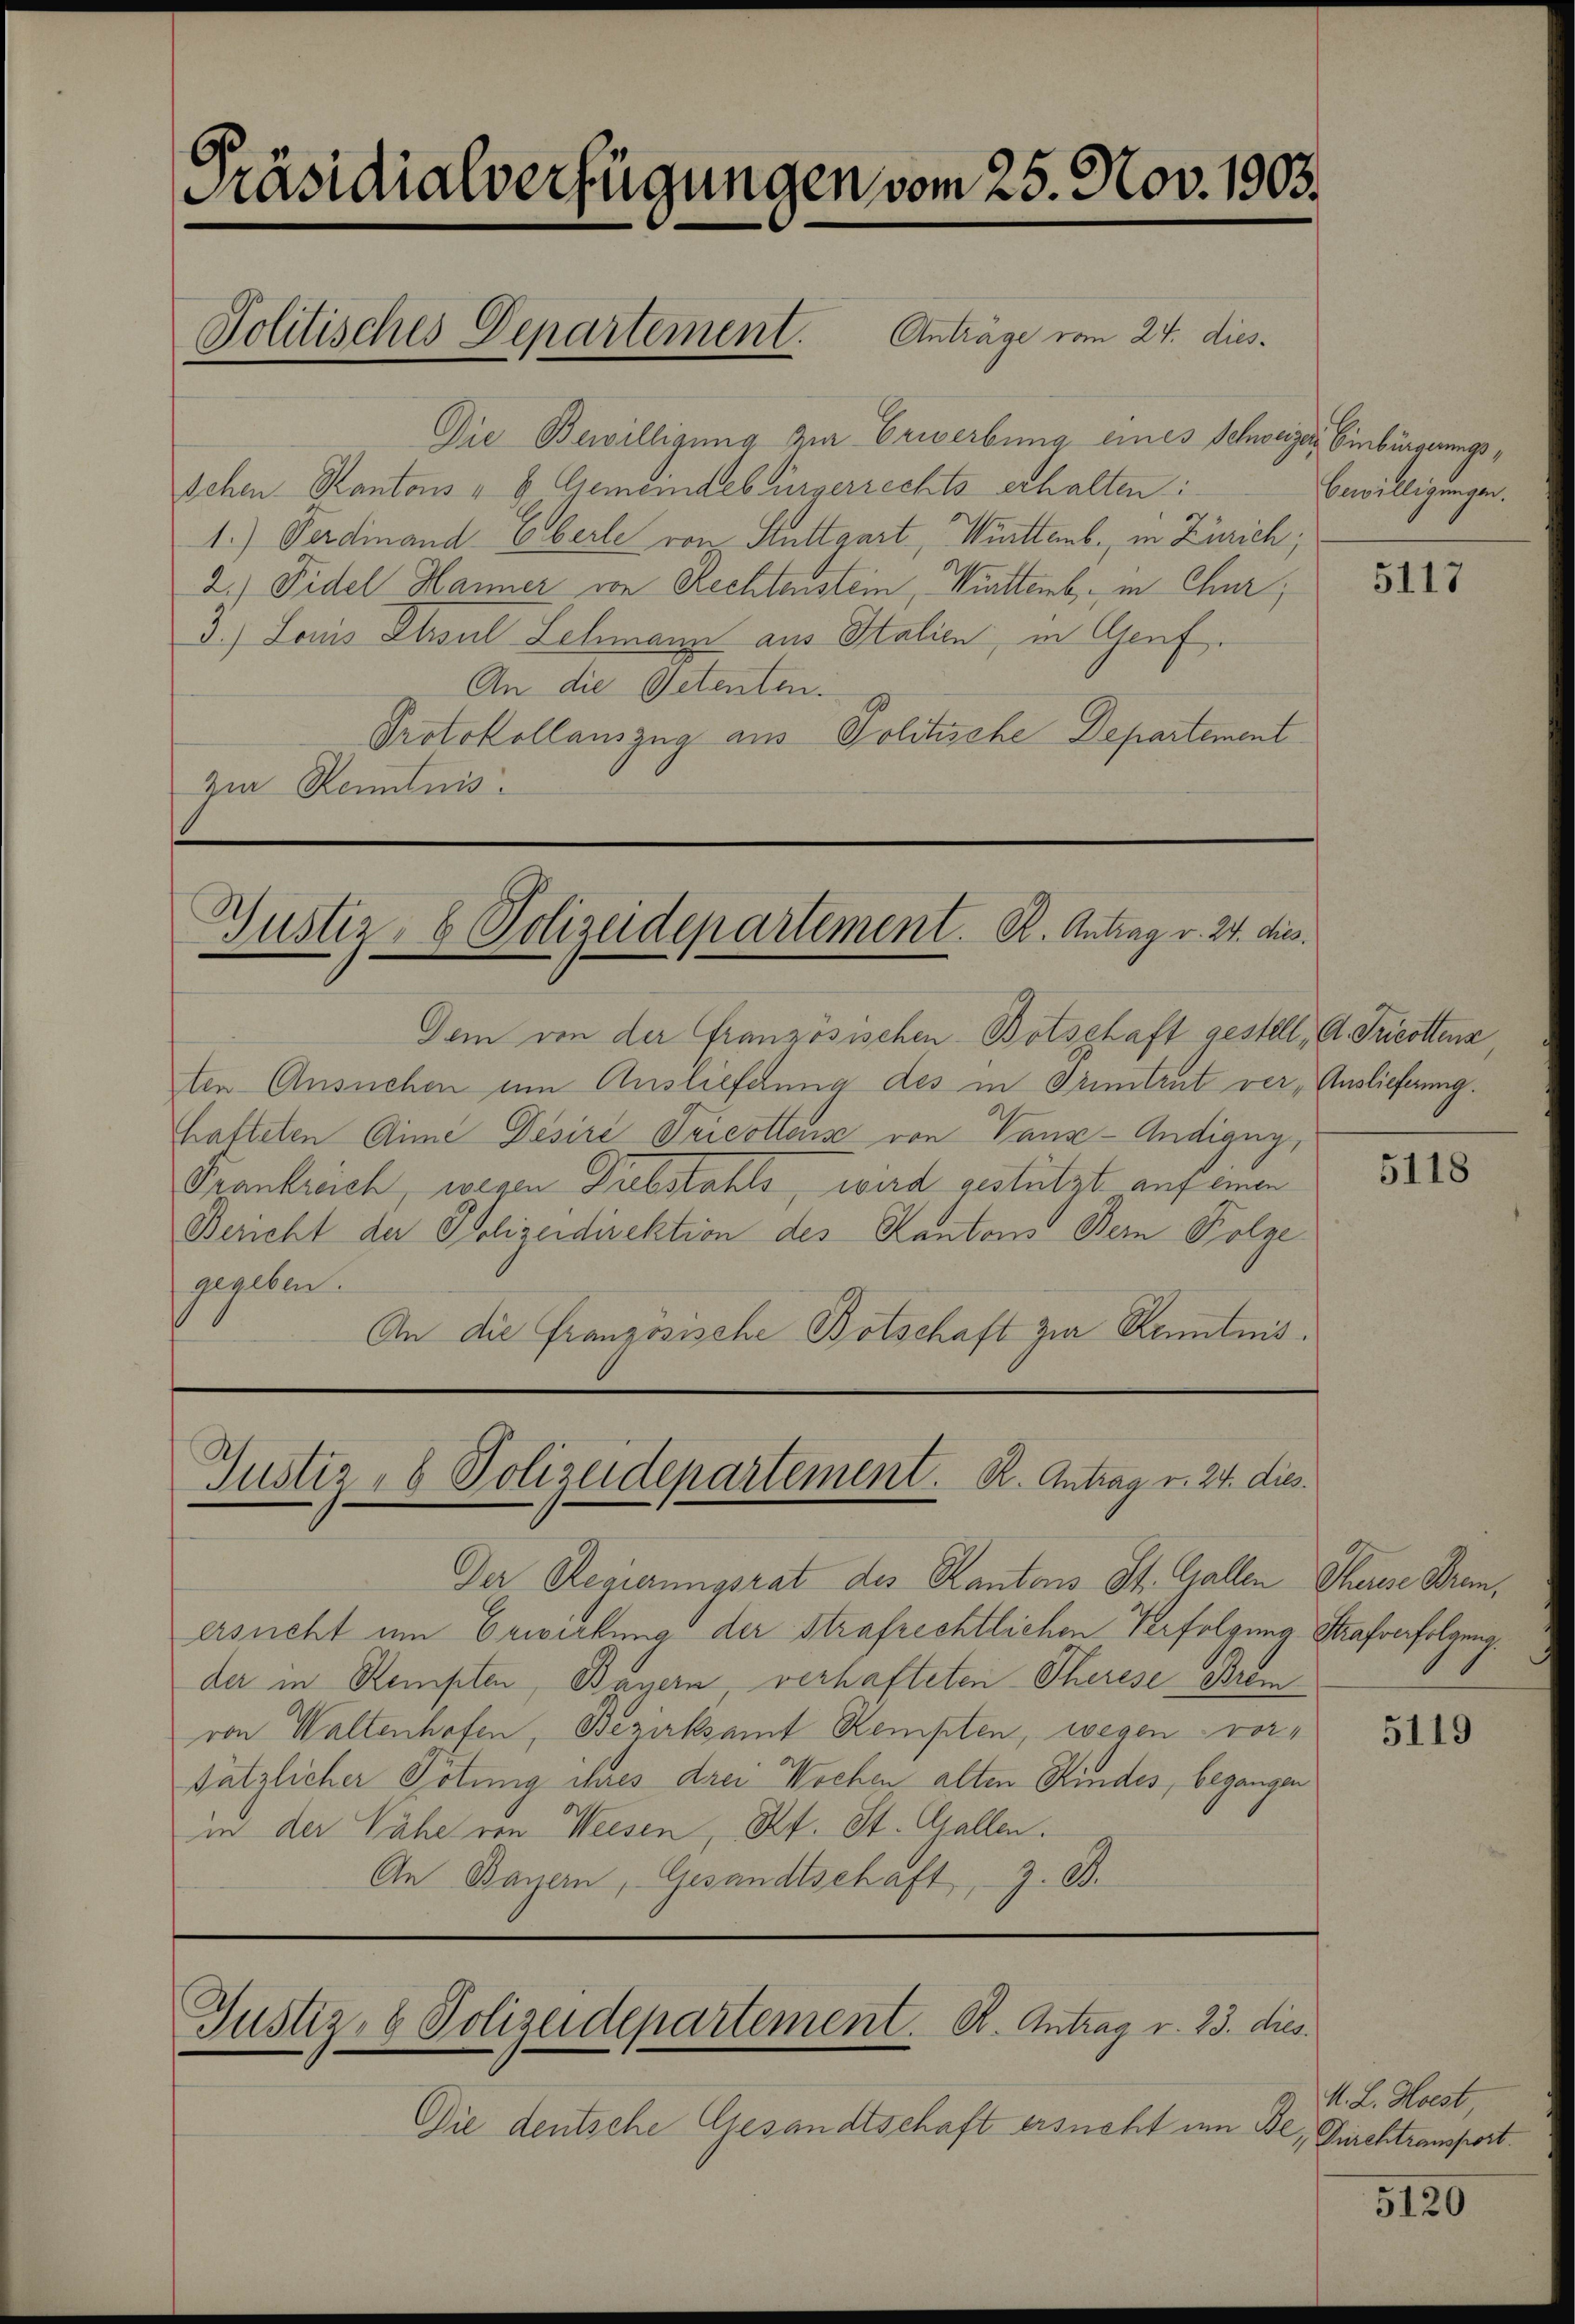
Präsidialverfügungen vom 25. Nov. 1903.
Politisches Departement. Anträge vom 24. dies

Die Bewilligung zur Erwerbung eines Schweiger Einbürgerungsschen Kantons " 8 Gemeindebürgerrechts erhalten:
1.) Verdinand Eberle von Stuttgart, Wittenb., in Zürich,
2.) Fidel Hanner von Rechtenstein, Mutters, in Chur,
3.) Louis Phsul Schmanze aus Italien, in Genf.
An die Petenten.
Protokollauszug aus Politische Departement
Zur Kenntnis

Dem von der französischen Botschaft gestell, A. Tricottens
ten Ansuchen um Austreferung des in Trumtrut ver, Auslieferung.
hafteten Arme Desire Tricottes von Vanz-Andigny,
Frankreich wegen Drebstahls, wird gestützt auf einen
Bericht der Polizeidirektion des Kantons Bern Folge
gegeben.
An die Französische Botschaft zur Kenntnis.

Gustiz- & Polizeidepartement. B. Antrag v. 24. dies

Gustiz- & Polizeidepartement. K. Antrag v. 24. dies

Der Regierungsrat des Kantons St. Gallen Therese Brem,
ersucht um Erwirkung der Strafrechtlichen Verfolgung Strafverfolgung.
der in Rempten, Bayern, verhafteten Therese Brem
von Waltenhofen, Bezirksamt Kempten, wegen vorsätzlicher Tötung ihres drei Wochen alten Kindes, begangen
in der Nähe von Weesen, Kt. St. Gallen.
An Bayern, Gesandtschaft, z. B.

Die deutsche Gesandtschaft ersucht um Be, Durchtransport

Bewilligungen.

Justiz- & Polizeidepartement. R. Antrag v. 23. dies.

5117

5118

5119

M. L. Hoest

5120